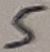
Text: 5